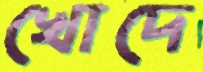
খোদে